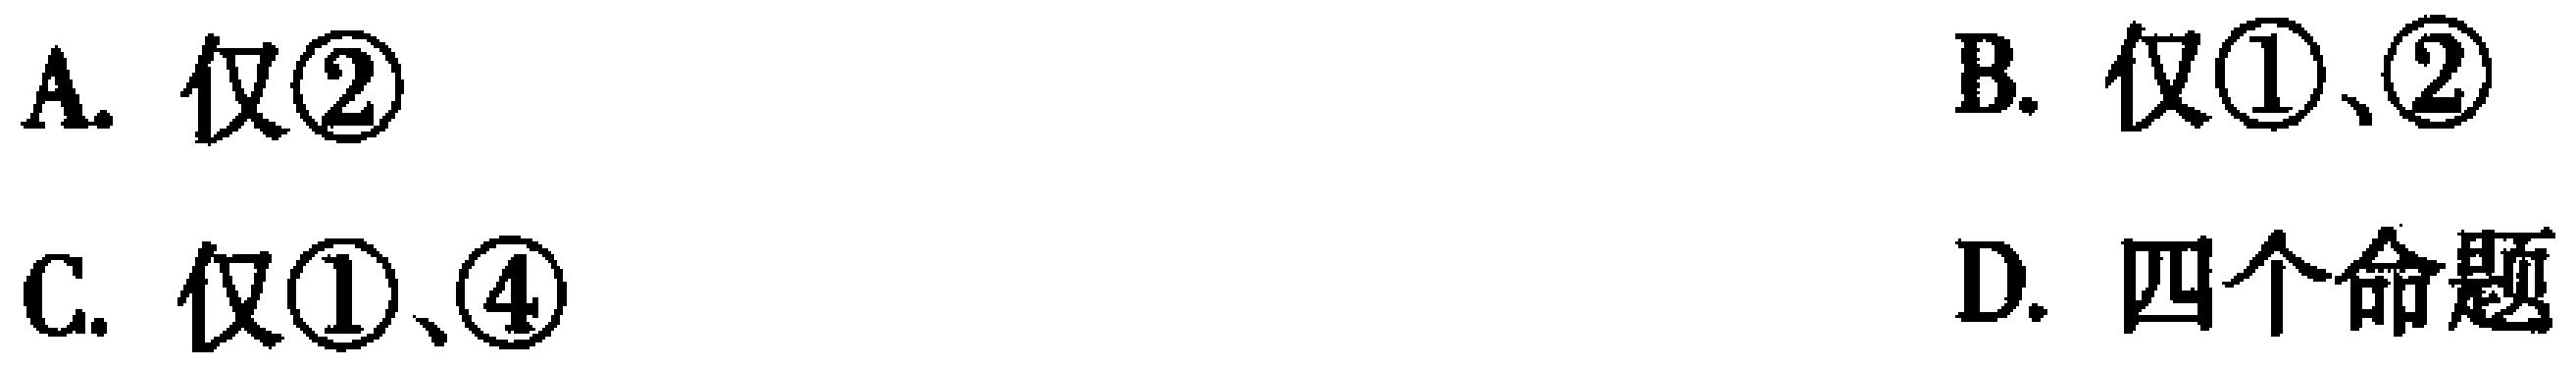
A. 仅\textcircled{2}
B. 仅\textcircled{1}、\textcircled{2}
C. 仅\textcircled{1}、\textcircled{4}
D. 四个命题